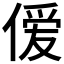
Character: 𫣊